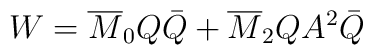
W=\overline{M}_0 Q \bar{Q} + \overline{M}_2 Q A^2 \bar{Q}